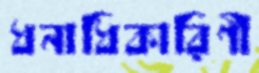
ধনাধিকারিণী